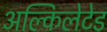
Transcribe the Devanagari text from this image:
अल्किलेटेड